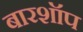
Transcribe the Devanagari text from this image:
बारशॉप